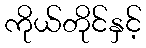
ကိုယ်တိုင်နှင့်